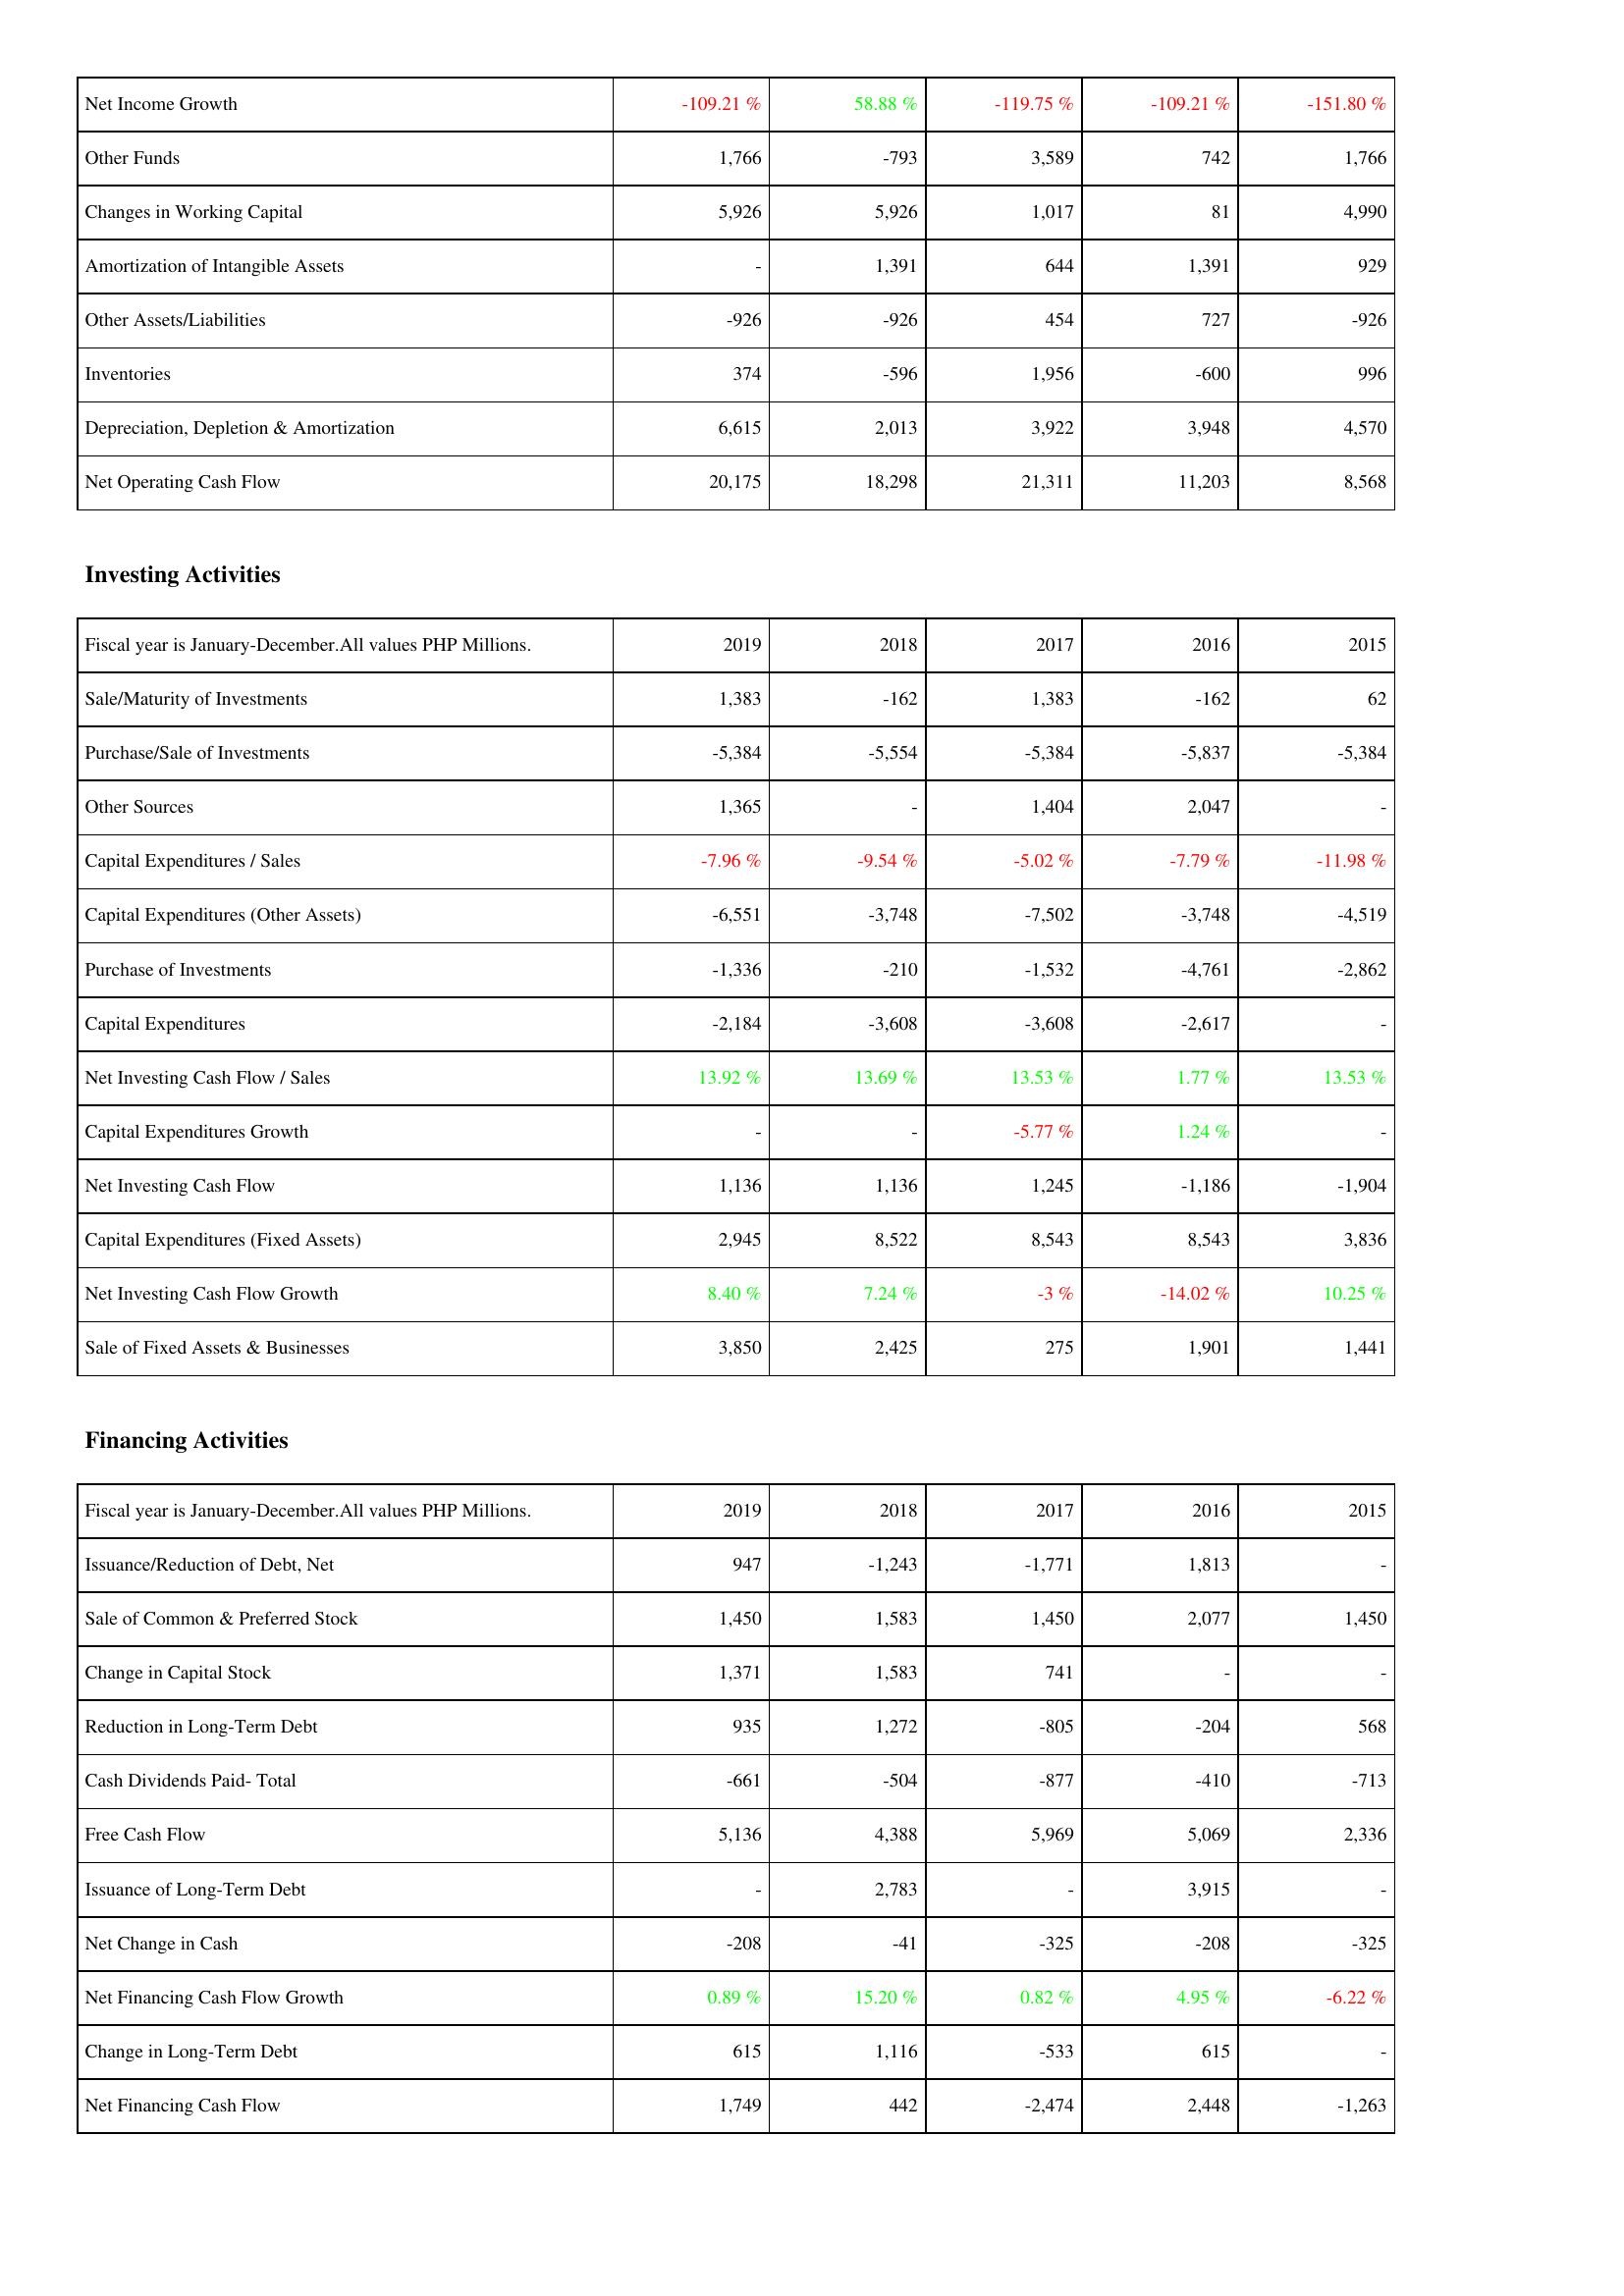
2019: Operating Activities: Net Income Growth: -109.21 %
Other Funds: 1,766
Changes in Working Capital: 5,926
Amortization of Intangible Assets: -
Other Assets/Liabilities: -926
Inventories: 374
Depreciation, Depletion & Amortization: 6,615
Net Operating Cash Flow: 20,175
Investing Activities: Sale/Maturity of Investments: 1,383
Purchase/Sale of Investments: -5,384
Other Sources: 1,365
Capital Expenditures / Sales: -7.96 %
Capital Expenditures (Other Assets): -6,551
Purchase of Investments: -1,336
Capital Expenditures: -2,184
Net Investing Cash Flow / Sales: 13.92 %
Capital Expenditures Growth: -
Net Investing Cash Flow: 1,136
Capital Expenditures (Fixed Assets): 2,945
Net Investing Cash Flow Growth: 8.40 %
Sale of Fixed Assets & Businesses: 3,850
Financing Activities: Issuance/Reduction of Debt, Net: 947
Sale of Common & Preferred Stock: 1,450
Change in Capital Stock: 1,371
Reduction in Long-Term Debt: 935
Cash Dividends Paid- Total: -661
Free Cash Flow: 5,136
Issuance of Long-Term Debt: -
Net Change in Cash: -208
Net Financing Cash Flow Growth: 0.89 %
Change in Long-Term Debt: 615
Net Financing Cash Flow: 1,749
2018: Operating Activities: Net Income Growth: 58.88 %
Other Funds: -793
Changes in Working Capital: 5,926
Amortization of Intangible Assets: 1,391
Other Assets/Liabilities: -926
Inventories: -596
Depreciation, Depletion & Amortization: 2,013
Net Operating Cash Flow: 18,298
Investing Activities: Sale/Maturity of Investments: -162
Purchase/Sale of Investments: -5,554
Other Sources: -
Capital Expenditures / Sales: -9.54 %
Capital Expenditures (Other Assets): -3,748
Purchase of Investments: -210
Capital Expenditures: -3,608
Net Investing Cash Flow / Sales: 13.69 %
Capital Expenditures Growth: -
Net Investing Cash Flow: 1,136
Capital Expenditures (Fixed Assets): 8,522
Net Investing Cash Flow Growth: 7.24 %
Sale of Fixed Assets & Businesses: 2,425
Financing Activities: Issuance/Reduction of Debt, Net: -1,243
Sale of Common & Preferred Stock: 1,583
Change in Capital Stock: 1,583
Reduction in Long-Term Debt: 1,272
Cash Dividends Paid- Total: -504
Free Cash Flow: 4,388
Issuance of Long-Term Debt: 2,783
Net Change in Cash: -41
Net Financing Cash Flow Growth: 15.20 %
Change in Long-Term Debt: 1,116
Net Financing Cash Flow: 442
2017: Operating Activities: Net Income Growth: -119.75 %
Other Funds: 3,589
Changes in Working Capital: 1,017
Amortization of Intangible Assets: 644
Other Assets/Liabilities: 454
Inventories: 1,956
Depreciation, Depletion & Amortization: 3,922
Net Operating Cash Flow: 21,311
Investing Activities: Sale/Maturity of Investments: 1,383
Purchase/Sale of Investments: -5,384
Other Sources: 1,404
Capital Expenditures / Sales: -5.02 %
Capital Expenditures (Other Assets): -7,502
Purchase of Investments: -1,532
Capital Expenditures: -3,608
Net Investing Cash Flow / Sales: 13.53 %
Capital Expenditures Growth: -5.77 %
Net Investing Cash Flow: 1,245
Capital Expenditures (Fixed Assets): 8,543
Net Investing Cash Flow Growth: -3 %
Sale of Fixed Assets & Businesses: 275
Financing Activities: Issuance/Reduction of Debt, Net: -1,771
Sale of Common & Preferred Stock: 1,450
Change in Capital Stock: 741
Reduction in Long-Term Debt: -805
Cash Dividends Paid- Total: -877
Free Cash Flow: 5,969
Issuance of Long-Term Debt: -
Net Change in Cash: -325
Net Financing Cash Flow Growth: 0.82 %
Change in Long-Term Debt: -533
Net Financing Cash Flow: -2,474
2016: Operating Activities: Net Income Growth: -109.21 %
Other Funds: 742
Changes in Working Capital: 81
Amortization of Intangible Assets: 1,391
Other Assets/Liabilities: 727
Inventories: -600
Depreciation, Depletion & Amortization: 3,948
Net Operating Cash Flow: 11,203
Investing Activities: Sale/Maturity of Investments: -162
Purchase/Sale of Investments: -5,837
Other Sources: 2,047
Capital Expenditures / Sales: -7.79 %
Capital Expenditures (Other Assets): -3,748
Purchase of Investments: -4,761
Capital Expenditures: -2,617
Net Investing Cash Flow / Sales: 1.77 %
Capital Expenditures Growth: 1.24 %
Net Investing Cash Flow: -1,186
Capital Expenditures (Fixed Assets): 8,543
Net Investing Cash Flow Growth: -14.02 %
Sale of Fixed Assets & Businesses: 1,901
Financing Activities: Issuance/Reduction of Debt, Net: 1,813
Sale of Common & Preferred Stock: 2,077
Change in Capital Stock: -
Reduction in Long-Term Debt: -204
Cash Dividends Paid- Total: -410
Free Cash Flow: 5,069
Issuance of Long-Term Debt: 3,915
Net Change in Cash: -208
Net Financing Cash Flow Growth: 4.95 %
Change in Long-Term Debt: 615
Net Financing Cash Flow: 2,448
2015: Operating Activities: Net Income Growth: -151.80 %
Other Funds: 1,766
Changes in Working Capital: 4,990
Amortization of Intangible Assets: 929
Other Assets/Liabilities: -926
Inventories: 996
Depreciation, Depletion & Amortization: 4,570
Net Operating Cash Flow: 8,568
Investing Activities: Sale/Maturity of Investments: 62
Purchase/Sale of Investments: -5,384
Other Sources: -
Capital Expenditures / Sales: -11.98 %
Capital Expenditures (Other Assets): -4,519
Purchase of Investments: -2,862
Capital Expenditures: -
Net Investing Cash Flow / Sales: 13.53 %
Capital Expenditures Growth: -
Net Investing Cash Flow: -1,904
Capital Expenditures (Fixed Assets): 3,836
Net Investing Cash Flow Growth: 10.25 %
Sale of Fixed Assets & Businesses: 1,441
Financing Activities: Issuance/Reduction of Debt, Net: -
Sale of Common & Preferred Stock: 1,450
Change in Capital Stock: -
Reduction in Long-Term Debt: 568
Cash Dividends Paid- Total: -713
Free Cash Flow: 2,336
Issuance of Long-Term Debt: -
Net Change in Cash: -325
Net Financing Cash Flow Growth: -6.22 %
Change in Long-Term Debt: -
Net Financing Cash Flow: -1,263